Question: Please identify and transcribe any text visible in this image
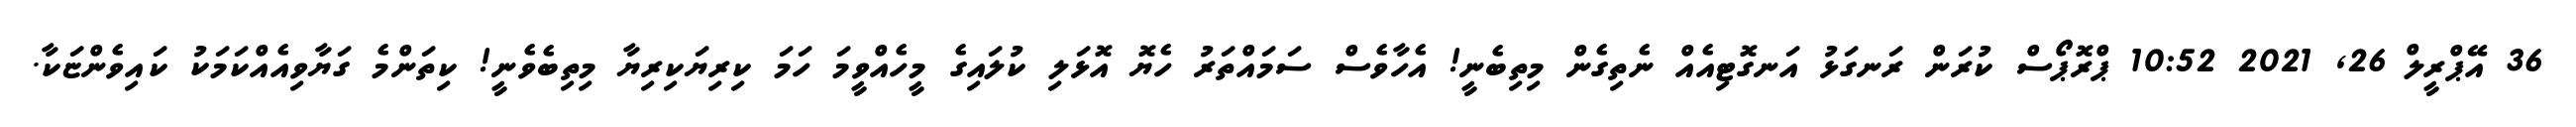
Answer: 36 އޭޕްރީލް 26, 2021 10:52 ޕްރޮޕޯސް ކުރަން ރަނގަޅު އަނގޮޓިއެއް ނެތިގެން މިތިބެނީ! އެހާވެސް ސަމައްތަރު ހެޔޮ އޮޅަލި ކުލައިގެ މީހެއްވީމަ ހަމަ ކިރިޔަކިރިޔާ މިތިބެވެނީ! ކިތަންމެ ގަޔާވިއެއްކަމަކު ކައިވެންޏަކާ.